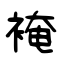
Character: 裺